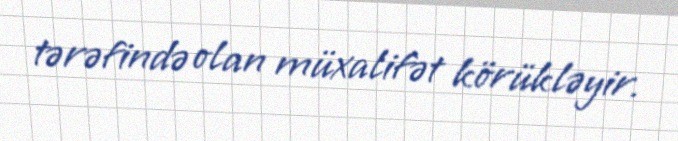
tərəfində olan müxalifət körükləyir.